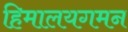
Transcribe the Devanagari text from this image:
हिमालयगमन